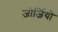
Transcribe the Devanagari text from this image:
जोर्जियो